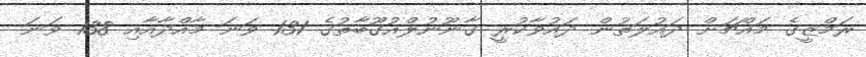
ރަމްޒީގެ މައްޗަށް ދައުލަތުން ދައުވާކުރީ ގާނޫނުލްއުގޫބާތުގެ 131 ވަނަ މާއްދާއާއި 138 ވަނަ